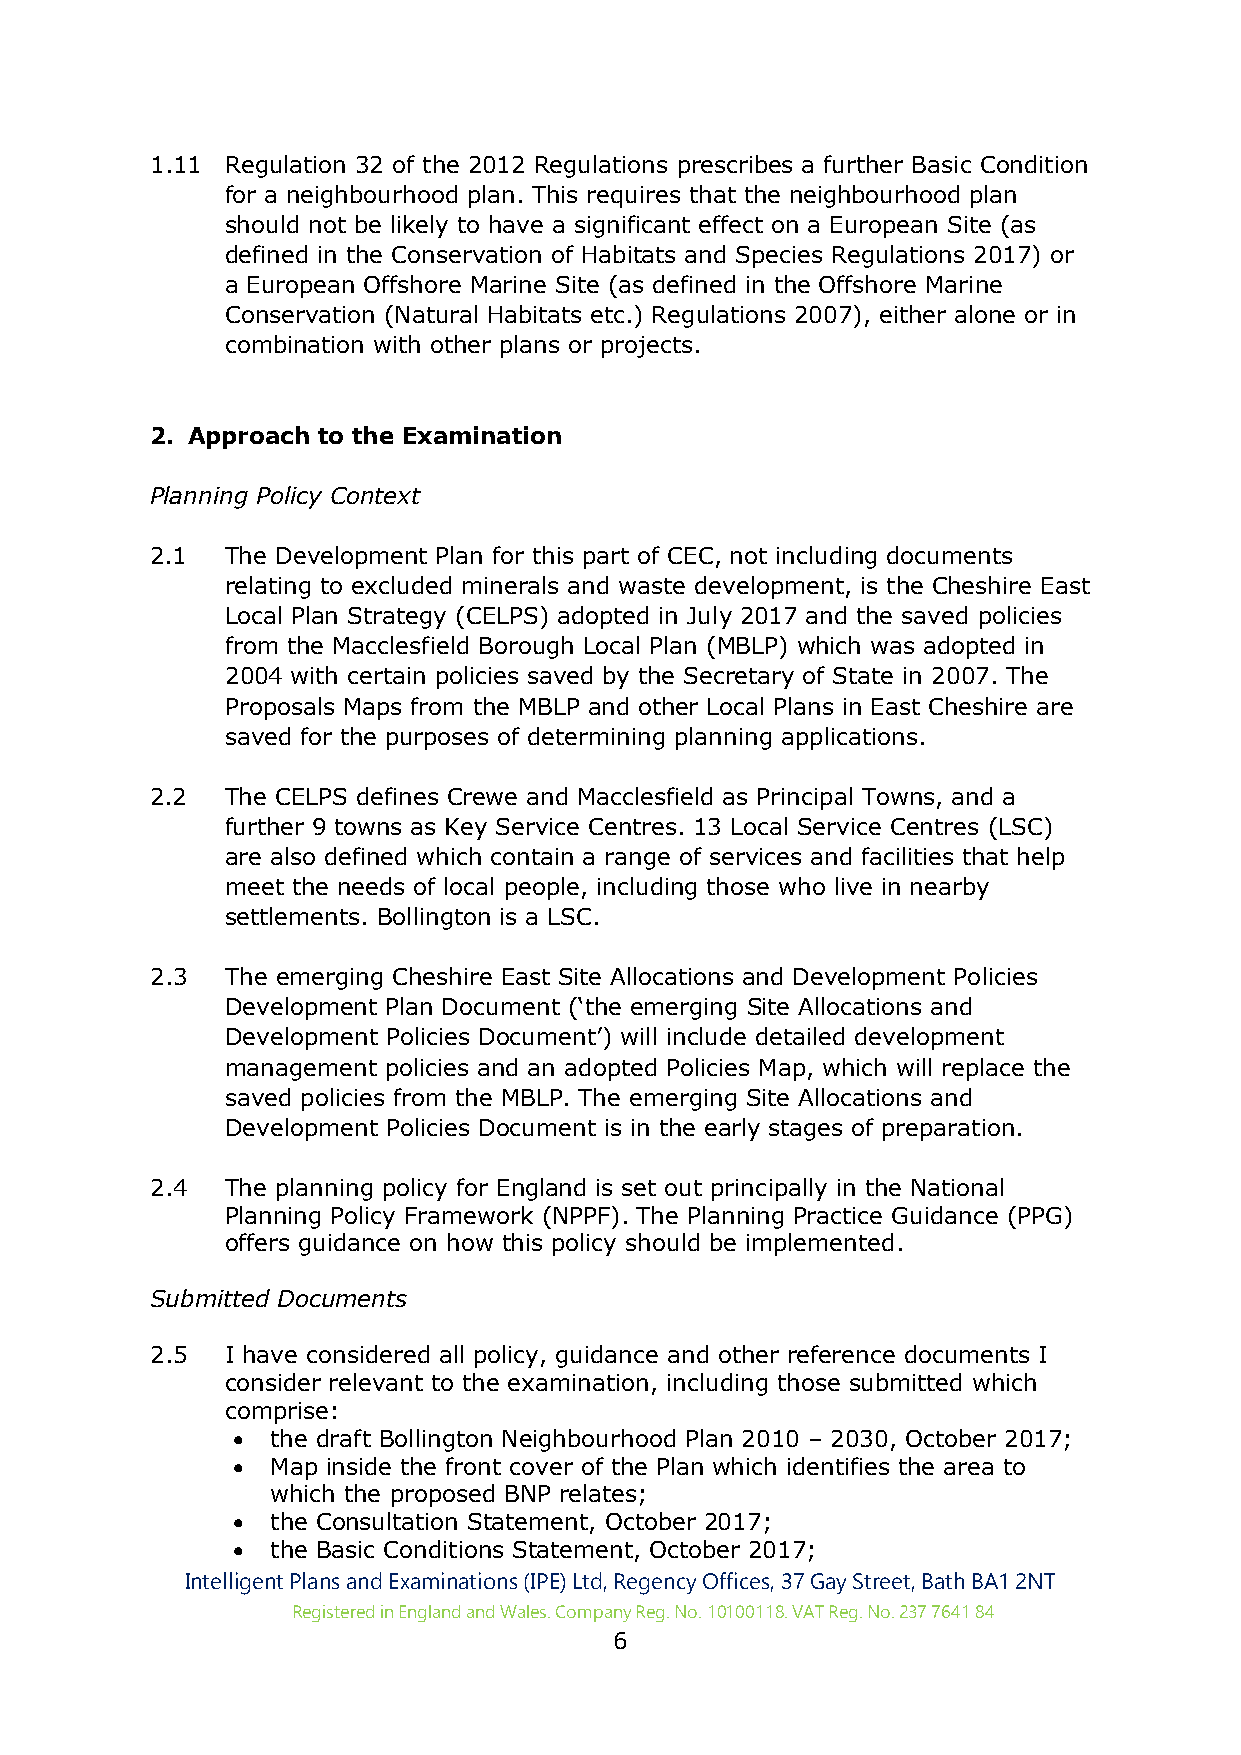
1.11 Regulation 32 of the 2012 Regulations prescribes a further Basic Condition
 for a neighbourhood plan. This requires that the neighbourhood plan
 should not be likely to have a significant effect on a European Site (as
 defined in the Conservation of Habitats and Species Regulations 2017) or
 a European Offshore Marine Site (as defined in the Offshore Marine
 Conservation (Natural Habitats etc.) Regulations 2007), either alone or in
 combination with other plans or projects.
 2. Approach to the Examination
 Planning Policy Context
 2.1  The Development Plan for this part of CEC, not including documents
 relating to excluded minerals and waste development, is the Cheshire East
 Local Plan Strategy (CELPS) adopted in July 2017 and the saved policies
 from the Macclesfield Borough Local Plan (MBLP) which was adopted in
 2004 with certain policies saved by the Secretary of State in 2007. The
 Proposals Maps from the MBLP and other Local Plans in East Cheshire are
 saved for the purposes of determining planning applications.
 2.2  The CELPS defines Crewe and Macclesfield as Principal Towns, and a
 further 9 towns as Key Service Centres. 13 Local Service Centres (LSC)
 are also defined which contain a range of services and facilities that help
 meet the needs of local people, including those who live in nearby
 settlements. Bollington is a LSC.
 2.3  The emerging Cheshire East Site Allocations and Development Policies
 Development Plan Document (‘the emerging Site Allocations and
 Development Policies Document’) will include detailed development
 management policies and an adopted Policies Map, which will replace the
 saved policies from the MBLP. The emerging Site Allocations and
 Development Policies Document is in the early stages of preparation.
 2.4  The planning policy for England is set out principally in the National
 Planning Policy Framework (NPPF). The Planning Practice Guidance (PPG)
 offers guidance on how this policy should be implemented.
 Submitted Documents
 2.5  I have considered all policy, guidance and other reference documents I
 consider relevant to the examination, including those submitted which
 comprise:
 •  the draft Bollington Neighbourhood Plan 2010 – 2030, October 2017;
 •  Map inside the front cover of the Plan which identifies the area to
 which the proposed BNP relates;
 •  the Consultation Statement, October 2017;
 •  the Basic Conditions Statement, October 2017;
 Intelligent Plans and Examinations (IPE) Ltd, Regency Offices, 37 Gay Street, Bath BA1 2NT
 Registered in England and Wales. Company Reg. No. 10100118. VAT Reg. No. 237 7641 84
 6